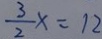
\frac { 3 } { 2 } x = 1 2